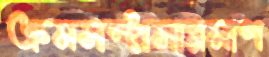
ক্রমসম্প্রসারমাণ